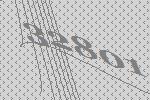
32801